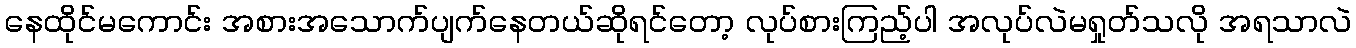
နေထိုင်မကောင်း အစားအသောက်ပျက်နေတယ်ဆိုရင်တော့ လုပ်စားကြည့်ပါ အလုပ်လဲမရှုတ်သလို အရသာလဲ